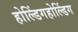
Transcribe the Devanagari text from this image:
होल्डिंगहोल्डिंग